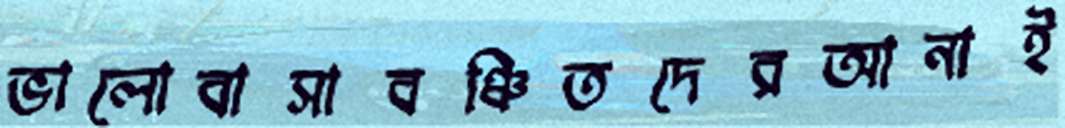
ভালোবাসাবঞ্চিতদেরআনাই